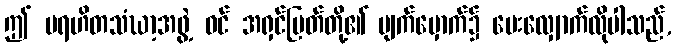
ဤ ပရဟိတသံဃာ့အဖွဲ့ ဝင် အရှင်မြတ်တို့၏ မျက်မှောက်၌ မေးလျှောက်လိုပါသည်,